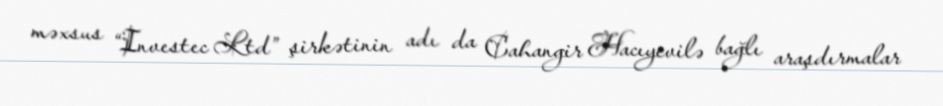
məxsus “Investec Ltd” şirkətinin adı da Cahangir Hacıyevilə bağlı araşdırmalar